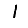
Digit: 1